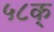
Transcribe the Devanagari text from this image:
५८क्